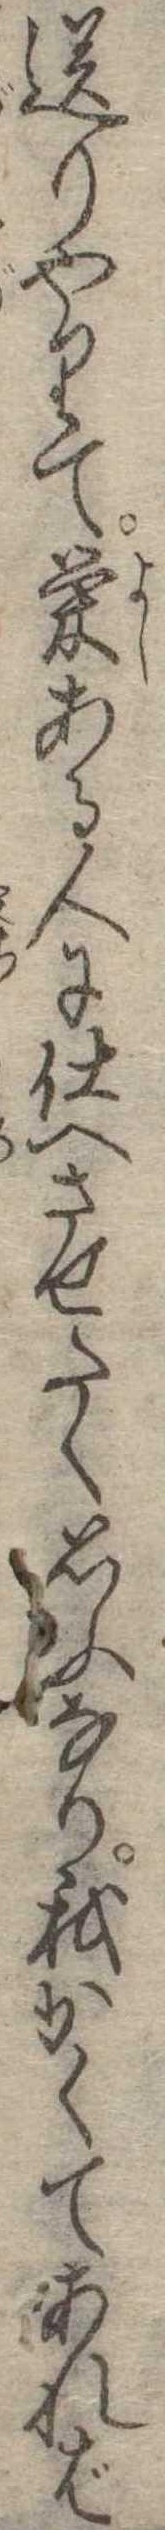
送りやりて栄ある人に仕へさせたく思ふなり我かくてあれば